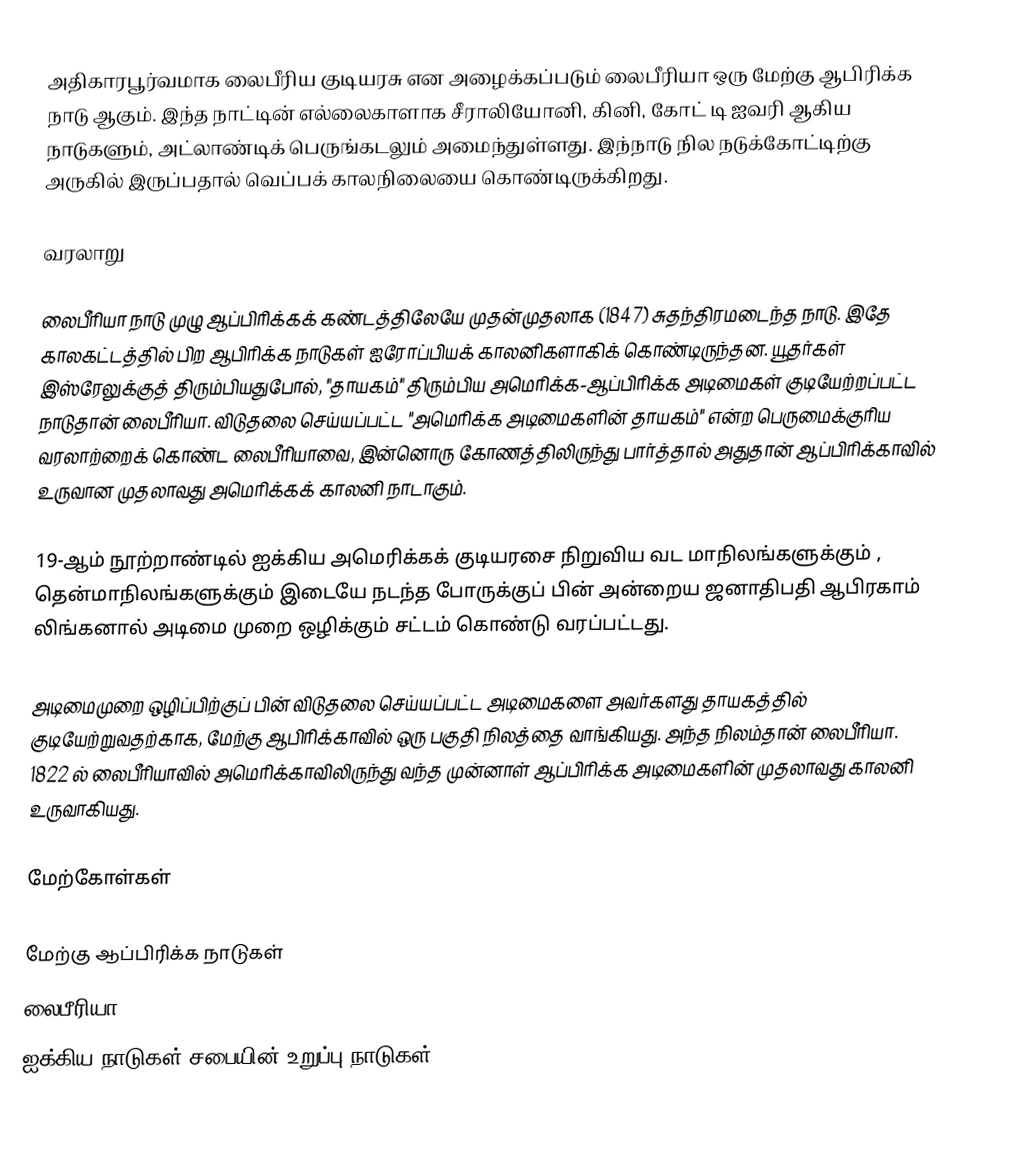
அதிகாரபூர்வமாக லைபீரிய குடியரசு என அழைக்கப்படும் லைபீரியா ஒரு மேற்கு ஆபிரிக்க நாடு ஆகும்.  இந்த நாட்டின் எல்லைகாளாக சீராலியோனி, கினி, கோட் டி ஐவரி ஆகிய நாடுகளும், அட்லாண்டிக் பெருங்கடலும் அமைந்துள்ளது. இந்நாடு நில நடுக்கோட்டிற்கு அருகில் இருப்பதால் வெப்பக் காலநிலையை கொண்டிருக்கிறது.

வரலாறு

லைபீரியா நாடு முழு ஆப்பிரிக்கக் கண்டத்திலேயே முதன்முதலாக (1847) சுதந்திரமடைந்த நாடு. இதே காலகட்டத்தில் பிற ஆபிரிக்க நாடுகள் ஐரோப்பியக் காலனிகளாகிக் கொண்டிருந்தன. யூதர்கள் இஸ்ரேலுக்குத் திரும்பியதுபோல், "தாயகம்" திரும்பிய அமெரிக்க-ஆப்பிரிக்க அடிமைகள் குடியேற்றப்பட்ட நாடுதான் லைபீரியா. விடுதலை செய்யப்பட்ட "அமெரிக்க அடிமைகளின் தாயகம்" என்ற பெருமைக்குரிய வரலாற்றைக் கொண்ட லைபீரியாவை, இன்னொரு கோணத்திலிருந்து பார்த்தால் அதுதான் ஆப்பிரிக்காவில் உருவான முதலாவது அமெரிக்கக் காலனி நாடாகும்.

19-ஆம் நூற்றாண்டில் ஐக்கிய அமெரிக்கக் குடியரசை நிறுவிய வட மாநிலங்களுக்கும் , தென்மாநிலங்களுக்கும் இடையே நடந்த போருக்குப் பின் அன்றைய ஜனாதிபதி ஆபிரகாம் லிங்கனால் அடிமை முறை ஒழிக்கும் சட்டம் கொண்டு வரப்பட்டது.

அடிமைமுறை ஒழிப்பிற்குப் பின் விடுதலை செய்யப்பட்ட அடிமைகளை அவர்களது தாயகத்தில் குடியேற்றுவதற்காக,  மேற்கு ஆபிரிக்காவில் ஒரு பகுதி நிலத்தை வாங்கியது. அந்த நிலம்தான் லைபீரியா. 1822 ல் லைபீரியாவில் அமெரிக்காவிலிருந்து வந்த முன்னாள் ஆப்பிரிக்க அடிமைகளின் முதலாவது காலனி உருவாகியது.

மேற்கோள்கள்

மேற்கு ஆப்பிரிக்க நாடுகள்
லைபீரியா
ஐக்கிய நாடுகள் சபையின் உறுப்பு நாடுகள்